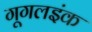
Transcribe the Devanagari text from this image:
गूगलइंक